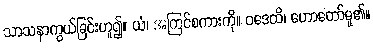
သာသနာကွယ်ခြင်းဟူ၍။ ယံ၊ အကြင်စကားကို။ ဝဒေတိ၊ ဟောတော်မူ၏။